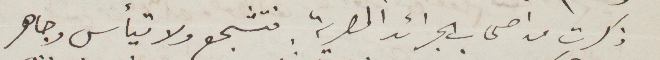
ذكرت من أصحاب الجرائد المصرية فتشجع ولا تيأس وجاهر